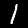
Label: 1